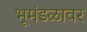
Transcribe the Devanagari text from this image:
भूमंडळावर